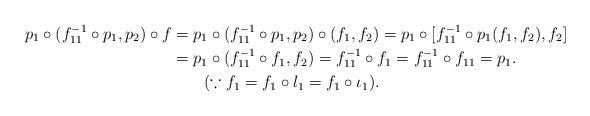
LaTeX: \begin{align*}p_{1}\circ (f^{-1}_{11}\circ p_{1},p_{2})\circ f &=p_{1}\circ (f^{-1}_{11}\circ p_{1},p_{2})\circ (f_{1},f_{2})=p_{1}\circ [f^{-1}_{11}\circ p_{1}(f_{1},f_{2}),f_{2}]\\&=p_{1}\circ (f^{-1}_{11}\circ f_{1},f_{2})=f^{-1}_{11}\circ f_{1}=f^{-1}_{11}\circ f_{11}=p_{1}.\\&~~~~~~(\because f_{1}=f_{1}\circ l_{1}=f_{1}\circ \iota_{1}).\end{align*}